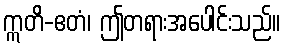
ဣတိ-ဧတံ၊ ဤတရားအပေါင်းသည်။